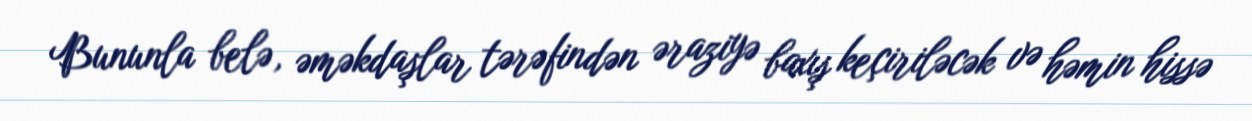
Bununla belə, əməkdaşlar tərəfindən əraziyə baxış keçiriləcək və həmin hissə